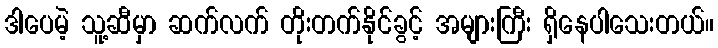
ဒါပေမဲ့ သူ့ဆီမှာ ဆက်လက် တိုးတက်နိုင်ခွင့် အများကြီး ရှိနေပါသေးတယ်။